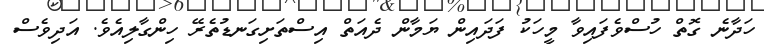
ހަދާނެ ގޮތް ހުސްވެފައިވާ މީހަކު ފަދައިން ޔަމާން ދެއަތް އިސްތަށިގަނޑުތެރޭ ހިންގާލިއެވެ. އަދިވެސް